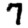
Digit: 7